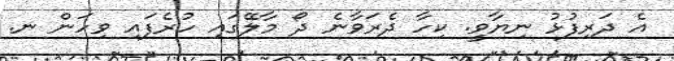
އެ ދަރިފުޅު ނިޔާވީ. ކިހާ ދެރަވާނެ ދޯ މާލޭގައި ހުރެފައި ވިހަން ނ.